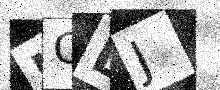
Text: HCEJ